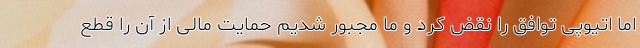
اما اتیوپی توافق را نقض کرد و ما مجبور شدیم حمایت مالی از آن را قطع